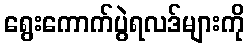
ရွေးကောက်ပွဲရလဒ်များကို